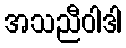
အသညီဝါဒါ